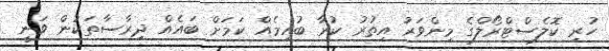
ހުރި ކޮލެސްޓްރޯލްގެ މިންވަރު އިތުރު ކުރާ ބުއިމެއް ކަމަށް ބައެއް ދިރާސާތަކުން ވަނީ